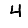
Digit: 4